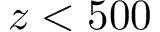
z < 5 0 0